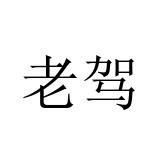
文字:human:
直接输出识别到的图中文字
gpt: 老驾